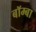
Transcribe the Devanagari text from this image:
बॉम्बा